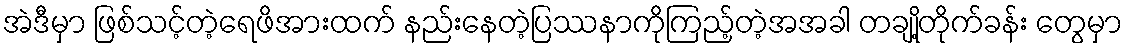
အဲဒီမှာ ဖြစ်သင့်တဲ့ရေဖိအားထက် နည်းနေတဲ့ပြဿနာကိုကြည့်တဲ့အအခါ တချို့တိုက်ခန်း တွေမှာ